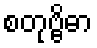
စတုဗ္ဗိဓာ